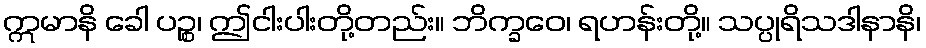
ဣမာနိ ခေါ ပဉ္စ၊ ဤငါးပါးတို့တည်း။ ဘိက္ခဝေ၊ ရဟန်းတို့။ သပ္ပုရိသဒါနာနိ၊